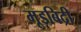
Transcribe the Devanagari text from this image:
मूडबिद्री